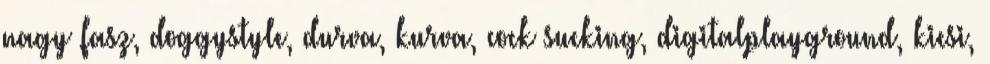
nagy fasz, doggystyle, durva, kurva, cock sucking, digitalplayground, kicsi,